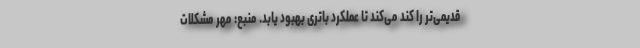
قدیمی‌تر را کند می‌کند تا عملکرد باتری بهبود یابد. منبع: مهر مشکلات